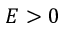
E > 0